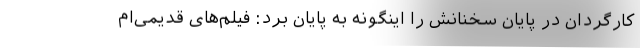
کارگردان در پایان سخنانش را اینگونه به پایان برد: فیلم‌های قدیمی‌ام